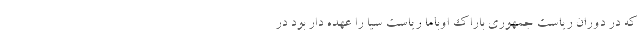
که در دوران ریاست جمهوری باراک اوباما ریاست سیا را عهده دار بود در